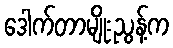
ဒေါက်တာမျိုးညွန့်က